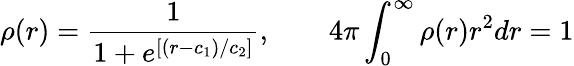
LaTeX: \rho(r)=\frac{1}{1+e^{[(r-c_{1})/c_{2}]}},\qquad 4\pi\int_{0}^{\infty}\rho(r)r^{2}dr=1